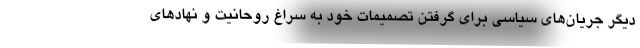
دیگر جریان‌های سیاسی برای گرفتن تصمیمات خود به سراغ روحانیت و نهادهای